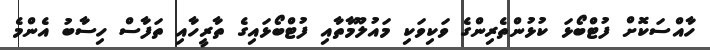
ހާއްސަކޮށް ފުޓްބޯޅަ ކުޅުންތެރިންގެ ވަކިވަކި މައުލޫމާތާއި ފުޓްބޯޅައިގެ ތާރީހާއި ތަފާސް ހިސާބު އެންމެ